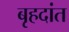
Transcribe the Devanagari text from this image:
बृहदांत